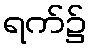
ရက်၌